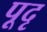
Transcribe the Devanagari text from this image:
पूदृ